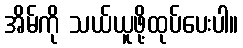
အိမ်ကို သယ်ယူဖို့ထုပ်ပေးပါ။